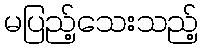
မပြည့်သေးသည့်